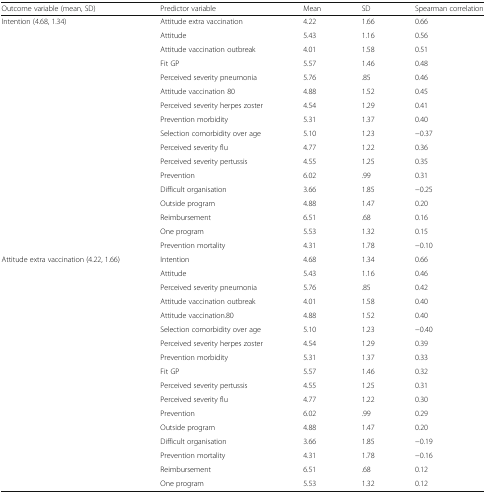
<table><thead><tr><td><b>Outcome variable (mean, SD)</b></td><td><b>Predictor variable</b></td><td><b>Mean</b></td><td><b>SD</b></td><td><b>Spearman correlation</b></td></tr></thead><tbody><tr><td>Intention (4.68, 1.34)</td><td>Attitude extra vaccination</td><td>4.22</td><td>1.66</td><td>0.66</td></tr><tr><td></td><td>Attitude</td><td>5.43</td><td>1.16</td><td>0.56</td></tr><tr><td></td><td>Attitude vaccination outbreak</td><td>4.01</td><td>1.58</td><td>0.51</td></tr><tr><td></td><td>Fit GP</td><td>5.57</td><td>1.46</td><td>0.48</td></tr><tr><td></td><td>Perceived severity pneumonia</td><td>5.76</td><td>.85</td><td>0.46</td></tr><tr><td></td><td>Attitude vaccination 80</td><td>4.88</td><td>1.52</td><td>0.45</td></tr><tr><td></td><td>Perceived severity herpes zoster</td><td>4.54</td><td>1.29</td><td>0.41</td></tr><tr><td></td><td>Prevention morbidity</td><td>5.31</td><td>1.37</td><td>0.40</td></tr><tr><td></td><td>Selection comorbidity over age</td><td>5.10</td><td>1.23</td><td>−0.37</td></tr><tr><td></td><td>Perceived severity flu</td><td>4.77</td><td>1.22</td><td>0.36</td></tr><tr><td></td><td>Perceived severity pertussis</td><td>4.55</td><td>1.25</td><td>0.35</td></tr><tr><td></td><td>Prevention</td><td>6.02</td><td>.99</td><td>0.31</td></tr><tr><td></td><td>Difficult organisation</td><td>3.66</td><td>1.85</td><td>−0.25</td></tr><tr><td></td><td>Outside program</td><td>4.88</td><td>1.47</td><td>0.20</td></tr><tr><td></td><td>Reimbursement</td><td>6.51</td><td>.68</td><td>0.16</td></tr><tr><td></td><td>One program</td><td>5.53</td><td>1.32</td><td>0.15</td></tr><tr><td></td><td>Prevention mortality</td><td>4.31</td><td>1.78</td><td>−0.10</td></tr><tr><td>Attitude extra vaccination (4.22, 1.66)</td><td>Intention</td><td>4.68</td><td>1.34</td><td>0.66</td></tr><tr><td></td><td>Attitude</td><td>5.43</td><td>1.16</td><td>0.46</td></tr><tr><td></td><td>Perceived severity pneumonia</td><td>5.76</td><td>.85</td><td>0.42</td></tr><tr><td></td><td>Attitude vaccination outbreak</td><td>4.01</td><td>1.58</td><td>0.40</td></tr><tr><td></td><td>Attitude vaccination.80</td><td>4.88</td><td>1.52</td><td>0.40</td></tr><tr><td></td><td>Selection comorbidity over age</td><td>5.10</td><td>1.23</td><td>−0.40</td></tr><tr><td></td><td>Perceived severity herpes zoster</td><td>4.54</td><td>1.29</td><td>0.39</td></tr><tr><td></td><td>Prevention morbidity</td><td>5.31</td><td>1.37</td><td>0.33</td></tr><tr><td></td><td>Fit GP</td><td>5.57</td><td>1.46</td><td>0.32</td></tr><tr><td></td><td>Perceived severity pertussis</td><td>4.55</td><td>1.25</td><td>0.31</td></tr><tr><td></td><td>Perceived severity flu</td><td>4.77</td><td>1.22</td><td>0.30</td></tr><tr><td></td><td>Prevention</td><td>6.02</td><td>.99</td><td>0.29</td></tr><tr><td></td><td>Outside program</td><td>4.88</td><td>1.47</td><td>0.20</td></tr><tr><td></td><td>Difficult organisation</td><td>3.66</td><td>1.85</td><td>−0.19</td></tr><tr><td></td><td>Prevention mortality</td><td>4.31</td><td>1.78</td><td>−0.16</td></tr><tr><td></td><td>Reimbursement</td><td>6.51</td><td>.68</td><td>0.12</td></tr><tr><td></td><td>One program</td><td>5.53</td><td>1.32</td><td>0.12</td></tr></tbody></table>